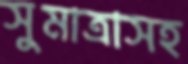
সুমাত্রাসহ